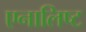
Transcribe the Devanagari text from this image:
एनालिष्ट